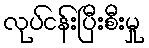
လုပ်ငန်းပြီးစီးမှု